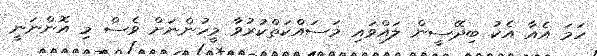
ހަމަ އެއާ އެކު ބިދޭސީން ލައްވައި މަސައްކަތްކުރުވާ މީހުންނަށް ވެސް މި އޮންނަނީ